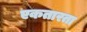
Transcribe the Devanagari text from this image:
एकतारता